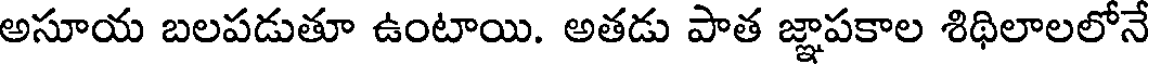
అసూయ బలపడుతూ ఉంటాయి. అతడు పాత జ్ఞాపకాల శిథిలాలలోనే